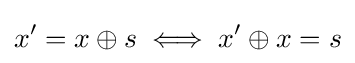
x'=x\oplus s\iff x'\oplus x=s